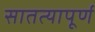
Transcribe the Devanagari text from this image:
सातत्यापूर्ण